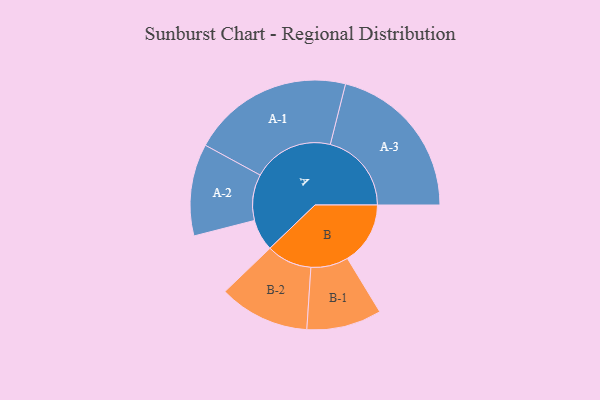
{"axis": {"x": "Segment", "y": "Value"}, "legend": ["", "A", "B"], "data": [{"x": "A", "y": 112, "type": ""}, {"x": "B", "y": 223, "type": ""}, {"x": "A-1", "y": 287, "type": "A"}, {"x": "A-2", "y": 163, "type": "A"}, {"x": "A-3", "y": 288, "type": "A"}, {"x": "B-1", "y": 133, "type": "B"}, {"x": "B-2", "y": 161, "type": "B"}]}